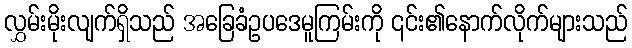
လွှမ်းမိုးလျက်ရှိသည် အခြေခံဥပဒေမူကြမ်းကို ၎င်း၏နောက်လိုက်များသည်